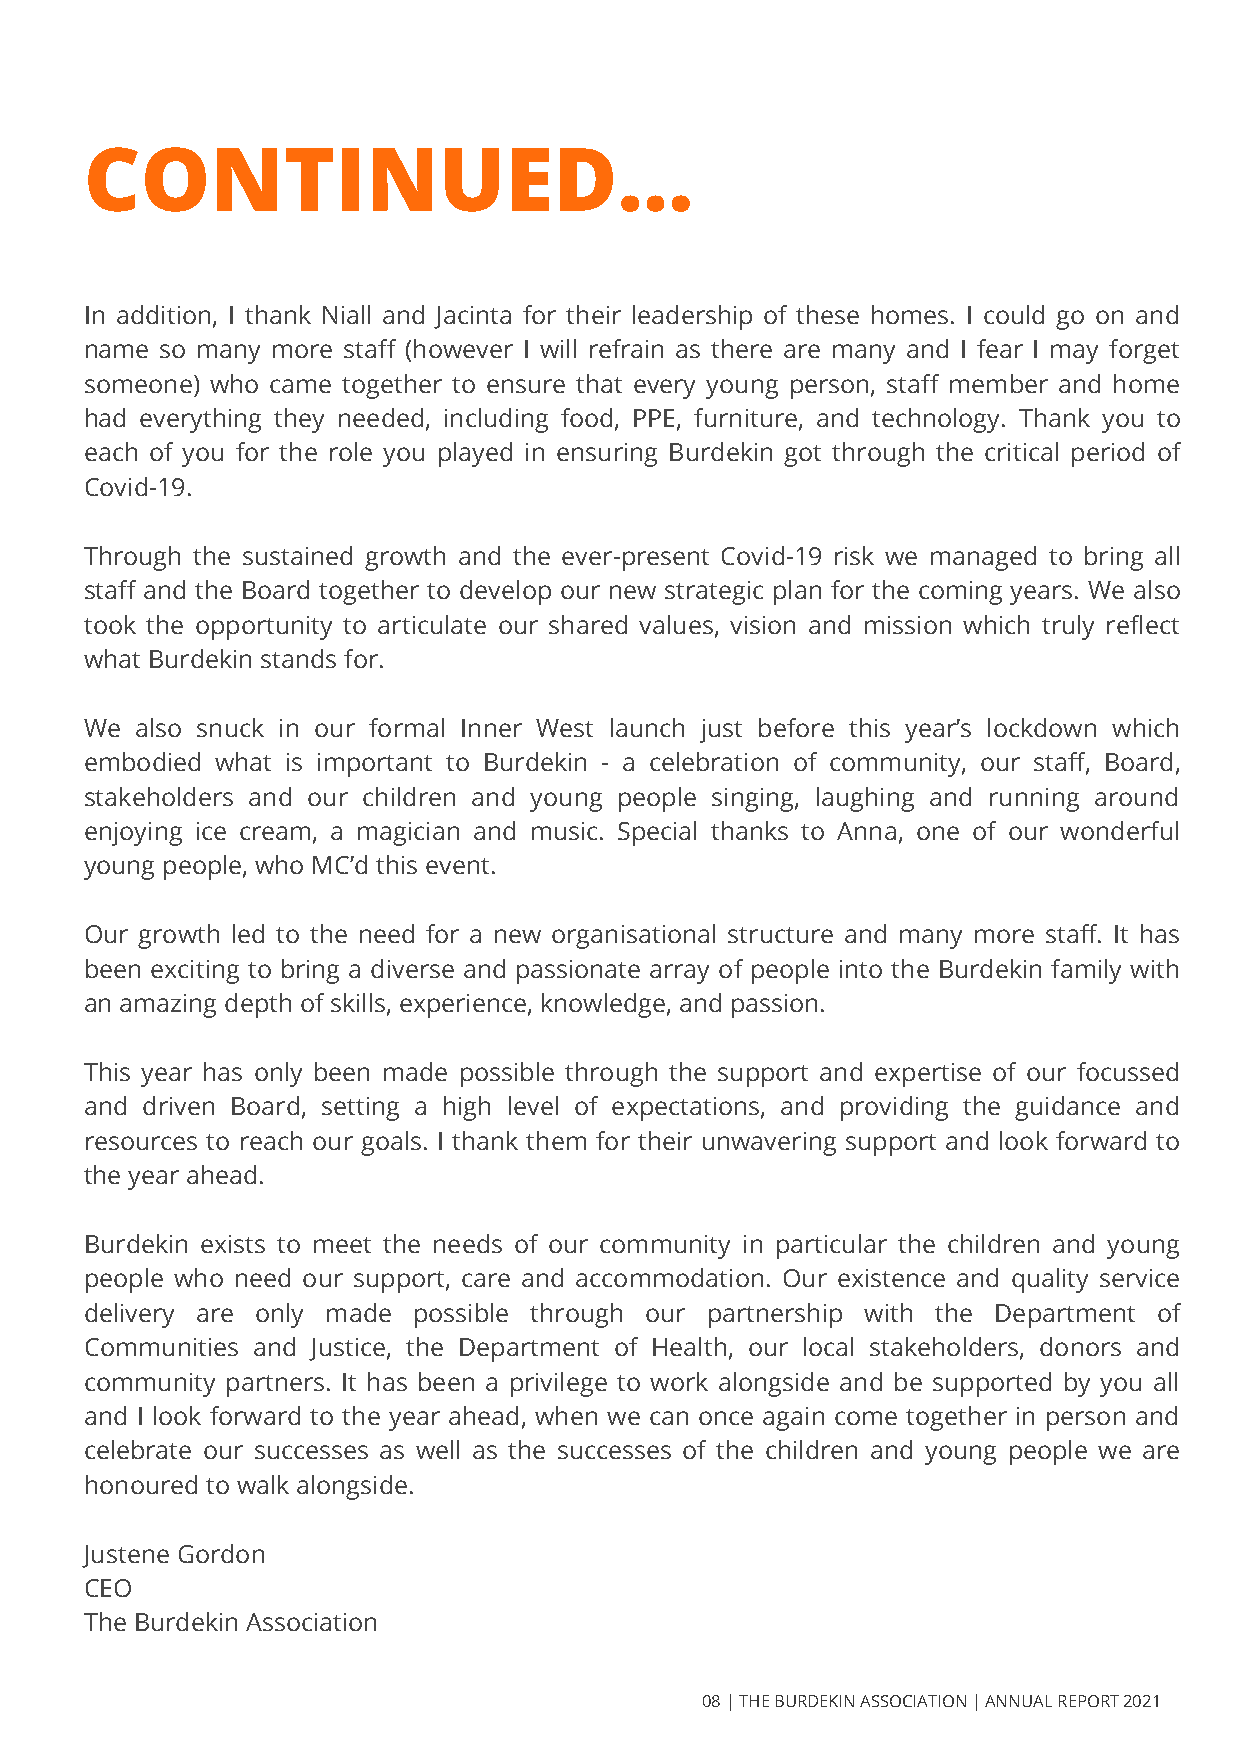
CONTINUED...
 In addition, I thank Niall and Jacinta for their leadership of these homes. I could go on and
 name so many more staff (however I will refrain as there are many and I fear I may forget
 someone) who came together to ensure that every young person, staff member and home
 had everything they needed, including food, PPE, furniture, and technology. Thank you to
 each of you for the role you played in ensuring Burdekin got through the critical period of
 Covid-19.
 Through the sustained growth and the ever-present Covid-19 risk we managed to bring all
 staff and the Board together to develop our new strategic plan for the coming years. We also
 took the opportunity to articulate our shared values, vision and mission which truly reflect
 what Burdekin stands for.
 We also snuck in our formal Inner West launch just before this year’s lockdown which
 embodied what is important to Burdekin - a celebration of community, our staff, Board,
 stakeholders and our children and young people singing, laughing and running around
 enjoying ice cream, a magician and music. Special thanks to Anna, one of our wonderful
 young people, who MC’d this event.
 Our growth led to the need for a new organisational structure and many more staff. It has
 been exciting to bring a diverse and passionate array of people into the Burdekin family with
 an amazing depth of skills, experience, knowledge, and passion.
 This year has only been made possible through the support and expertise of our focussed
 and driven Board, setting a high level of expectations, and providing the guidance and
 resources to reach our goals. I thank them for their unwavering support and look forward to
 the year ahead.
 Burdekin exists to meet the needs of our community in particular the children and young
 people who need our support, care and accommodation. Our existence and quality service
 delivery are only made possible through our partnership with the Department of
 Communities and Justice, the Department of Health, our local stakeholders, donors and
 community partners. It has been a privilege to work alongside and be supported by you all
 and I look forward to the year ahead, when we can once again come together in person and
 celebrate our successes as well as the successes of the children and young people we are
 honoured to walk alongside.
 Justene Gordon
 CEO
 The Burdekin Association
 08 | THE BURDEKIN ASSOCIATION | ANNUAL REPORT 2021